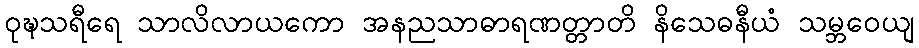
ဝုဍ္ဎသရီရေ သာလိလာယကော အနညသာဓာရဏတ္တာတိ နိသေဓနီယံ သမ္ဘဝေယျ